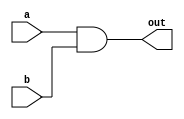
module AND (a, b, out);
	input a, b;
	output out;
    
    wire nand_ab;

    nand n1(nand_ab, a, b);
    nand n2(out, nand_ab, nand_ab);

endmodule


module OR (a, b, out);
	input a, b;
	output out;

    wire nand_aa, nand_bb;

    nand n1(nand_aa, a, a);
    nand n2(nand_bb, b, b);
    nand n3(out, nand_aa, nand_bb);

endmodule

module NOT (a, out);
	input a;
	output out;

    nand n1(out, a, a);

endmodule

module NOR (a, b, out);
	input a, b;
	output out;

    wire nand_aa, nand_bb, aorb;

    nand n1(nand_aa, a, a);
    nand n2(nand_bb, b, b);
    nand n3(aorb, nand_aa, nand_bb);
    nand n4(out, aorb, aorb);

endmodule

module XOR (a, b, out);
	input a, b;
	output out;

    wire nand_aa, nand_ab, nand_bb, aorb, axnorb;

    nand n1(nand_aa, a, a);
    nand n2(nand_bb, b, b);
    nand n3(aorb, nand_aa, nand_bb);
    nand n4(nand_ab, a, b);
    nand n5(axnorb, aorb, nand_ab);
    nand n6(out, axnorb, axnorb);

endmodule

module NAND (a, b, out);
    input a, b;
    output out;
    nand n0(out, a, b);

endmodule

module fullAdder(a, b, cin, cout, s);
    input a, b, cin;
    output cout, s;

    assign {cout,s} = a + b + cin;

endmodule

module Adder (a, b, cin, cout, s);
    input [30:0] a, b;
    input cin;
    output [30:0] s;
    output cout;
    
    assign {cout,s} = a + b + cin;
endmodule

        /*for(i=0; i<16; i=i+1)begin
            #delay
            $display("time=%4d,in=%b,out_G=%b,out_D=%b,out_B=%b",$time,in,out_G,out_D,out_B);
            if((out_G!=out_D) || (out_D!=out_B) || ((in==0 || in==1 || in==2 || in==3 || in==5 || in==7 || in==8 || in==11 || in==13) && (out_G&out_D&out_B)==0) || ((in!=0 && in!=1 && in!=2 && in!=3 && in!=5 && in!=7 && in!=8 && in!=11 && in!=13) && (out_G|out_D|out_B)==1))
            begin
                $display("You got wrong answer!!");
                $finish;
            end
            in = in+1;
        end
*/



module ALU (A, B, sel, Cin, Y, Cout, Negative, Zero, Overflow);
	input [31:0] A, B;
	input [3:0] sel;
	input Cin;
	output [31:0] Y;
	output Cout, Negative, Zero, Overflow;
    reg [31:0] Y;
    wire out_AND, out_OR, out_NOT, out_NOR, out_XOR, out_NAND;

    always @(*) begin
        case(sel)
            4'b0000: Y[0] = out_AND;
            4'b0001: Y[0] = out_OR;
            4'b0010: Y[0] = out_NOT;
            4'b0011: Y[0] = out_NOR;
            4'b0100: Y[0] = out_XOR;
            4'b0101: Y[0] = out_NAND;
        endcase
    end
    
    assign Cout = 1'b0;
    assign Negative = 1'b0;
    assign Zero =  !Y;
    assign Overflow = 1'b0;

    AND AandB(.a(A[0]), .b(B[0]), .out(out_AND));
    OR AorB(.a(A[0]), .b(B[0]), .out(out_OR));
    NOT notA(.a(A[0]), .out(out_NOT));
    NOR AnorB(.a(A[0]), .b(B[0]), .out(out_NOR));
    XOR AxorB (.a(A[0]), .b(B[0]), .out(out_XOR));
    NAND AnandB (.a(A[0]), .b(B[0]), .out(out_NAND));
endmodule